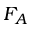
F _ { A }